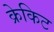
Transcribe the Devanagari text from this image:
क्रेकिट